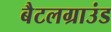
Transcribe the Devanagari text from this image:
बैटलग्राउंड